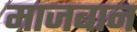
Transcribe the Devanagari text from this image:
माजबान